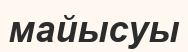
майысуы